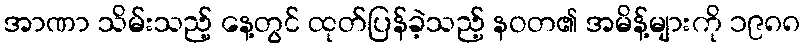
အာဏာ သိမ်းသည့် နေ့တွင် ထုတ်ပြန်ခဲ့သည့် နဝတ၏ အမိန့်များကို ၁၉၈၈